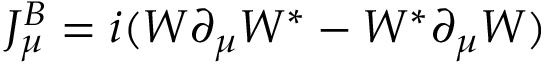
J _ { \mu } ^ { B } = i ( W \partial _ { \mu } W ^ { * } - W ^ { * } \partial _ { \mu } W )